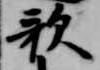
歌